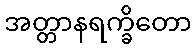
အတ္တာနရက္ခိတော